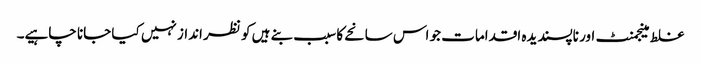
غلط مینجمنٹ اور ناپسندیدہ اقدامات جو اس سانحے کا سبب بنے ہیں کو نظر انداز نہیں کیا جانا چاہیے۔